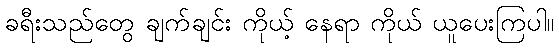
ခရီးသည်တွေ ချက်ချင်း ကိုယ့် နေရာ ကိုယ် ယူပေးကြပါ။